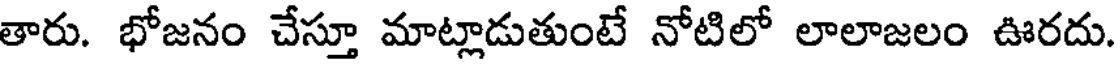
తారు. భోజనం చేస్తూ మాట్లాడుతుంటే నోటిలో లాలాజలం ఊరదు.